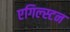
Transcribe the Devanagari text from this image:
एगिल्स्टन